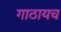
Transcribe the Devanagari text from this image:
गाठायच